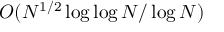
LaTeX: O ( N ^ { 1 / 2 } \log \log N / \log N )